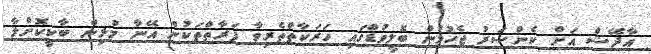
އާދޭޝް އަށް ކެންސަރު ޖެހުމުން ބޮލީވުޑްގައި ހަރަކާތްތެރިވާ ފަރާތްތަކުން އޭނާ މުޅިން ބާކީކޮށްލާ